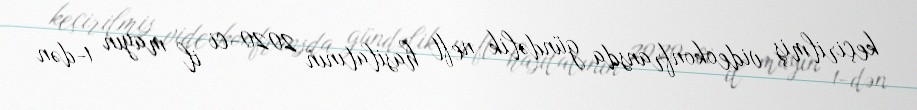
keçirilmiş videokonfransda gündəlik neft hasilatının 2020-ci il mayın 1-dən